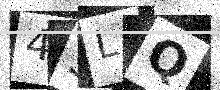
Text: 4SLQ